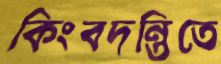
কিংবদন্তিতে